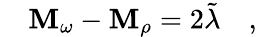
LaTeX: \quad\mathbf{M}_{\omega}-\mathbf{M}_{\rho}=2\tilde{{\lambda}}\quad,